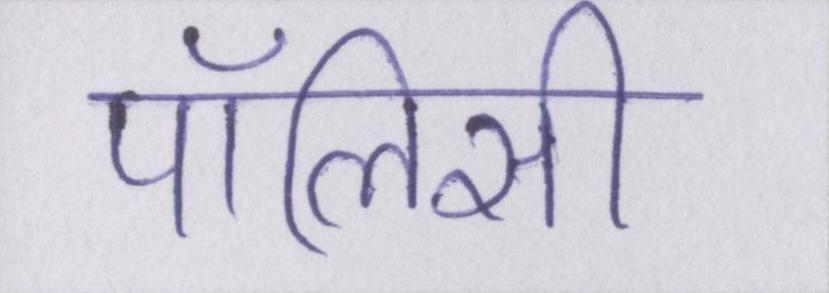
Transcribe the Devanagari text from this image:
पॉलिसी